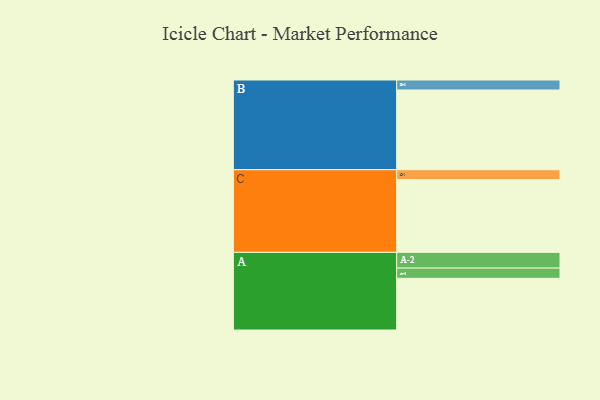
{"axis": {"x": "Segment", "y": "Value"}, "legend": ["", "A", "B", "C"], "data": [{"x": "A", "y": 342, "type": ""}, {"x": "B", "y": 528, "type": ""}, {"x": "C", "y": 482, "type": ""}, {"x": "A-1", "y": 68, "type": "A"}, {"x": "A-2", "y": 104, "type": "A"}, {"x": "B-1", "y": 66, "type": "B"}, {"x": "C-1", "y": 65, "type": "C"}]}